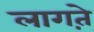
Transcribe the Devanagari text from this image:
लागत़े